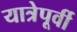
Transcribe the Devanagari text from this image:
यात्रेपूर्वी